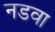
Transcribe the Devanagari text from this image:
नडवा